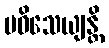
ပဝိသေယျန္တိ